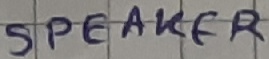
Text: SPEAKER